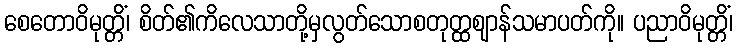
စေတောဝိမုတ္တိံ၊ စိတ်၏ကိလေသာတို့မှလွတ်သောစတုတ္ထဈာန်သမာပတ်ကို။ ပညာဝိမုတ္တိံ၊